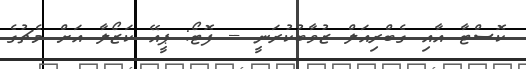
ކޮސްޓާ އާއި ގެބްރިއަލް ޒުވާބުކުރަނީ -- ފޮޓޯ: ޕީއޭ ކަޒޯލާ އަށް މެޗުގެ